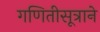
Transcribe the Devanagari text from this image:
गणितीसूत्राने